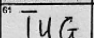
Transcription: TUG